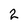
Character: 2